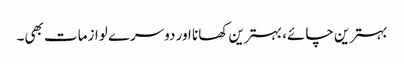
بہترین چائے، بہترین کھانا اور دوسرے لوازمات بھی۔